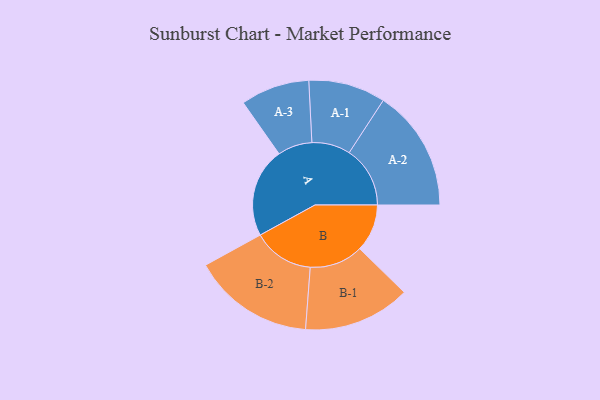
{"axis": {"x": "Segment", "y": "Value"}, "legend": ["", "A", "B"], "data": [{"x": "A", "y": 400, "type": ""}, {"x": "B", "y": 212, "type": ""}, {"x": "A-1", "y": 172, "type": "A"}, {"x": "A-2", "y": 272, "type": "A"}, {"x": "A-3", "y": 154, "type": "A"}, {"x": "B-1", "y": 239, "type": "B"}, {"x": "B-2", "y": 272, "type": "B"}]}